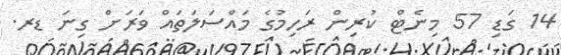
14 ގަޑި 57 މިނެޓް ކުރިން ރަހިމުގެ މައްސަލަތައް ވަރަށް ގިނަ ޑރ.